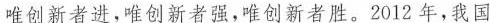
唯创新者进，唯创新者强，唯创新者胜。2012年，我国